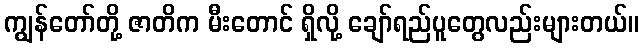
ကျွန်တော်တို့ ဇာတိက မီးတောင် ရှိလို့ ချော်ရည်ပူတွေလည်းများတယ်။